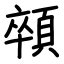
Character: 顇